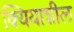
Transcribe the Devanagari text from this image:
क्यियाशील